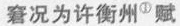
窘况为许衡州^{①}赋